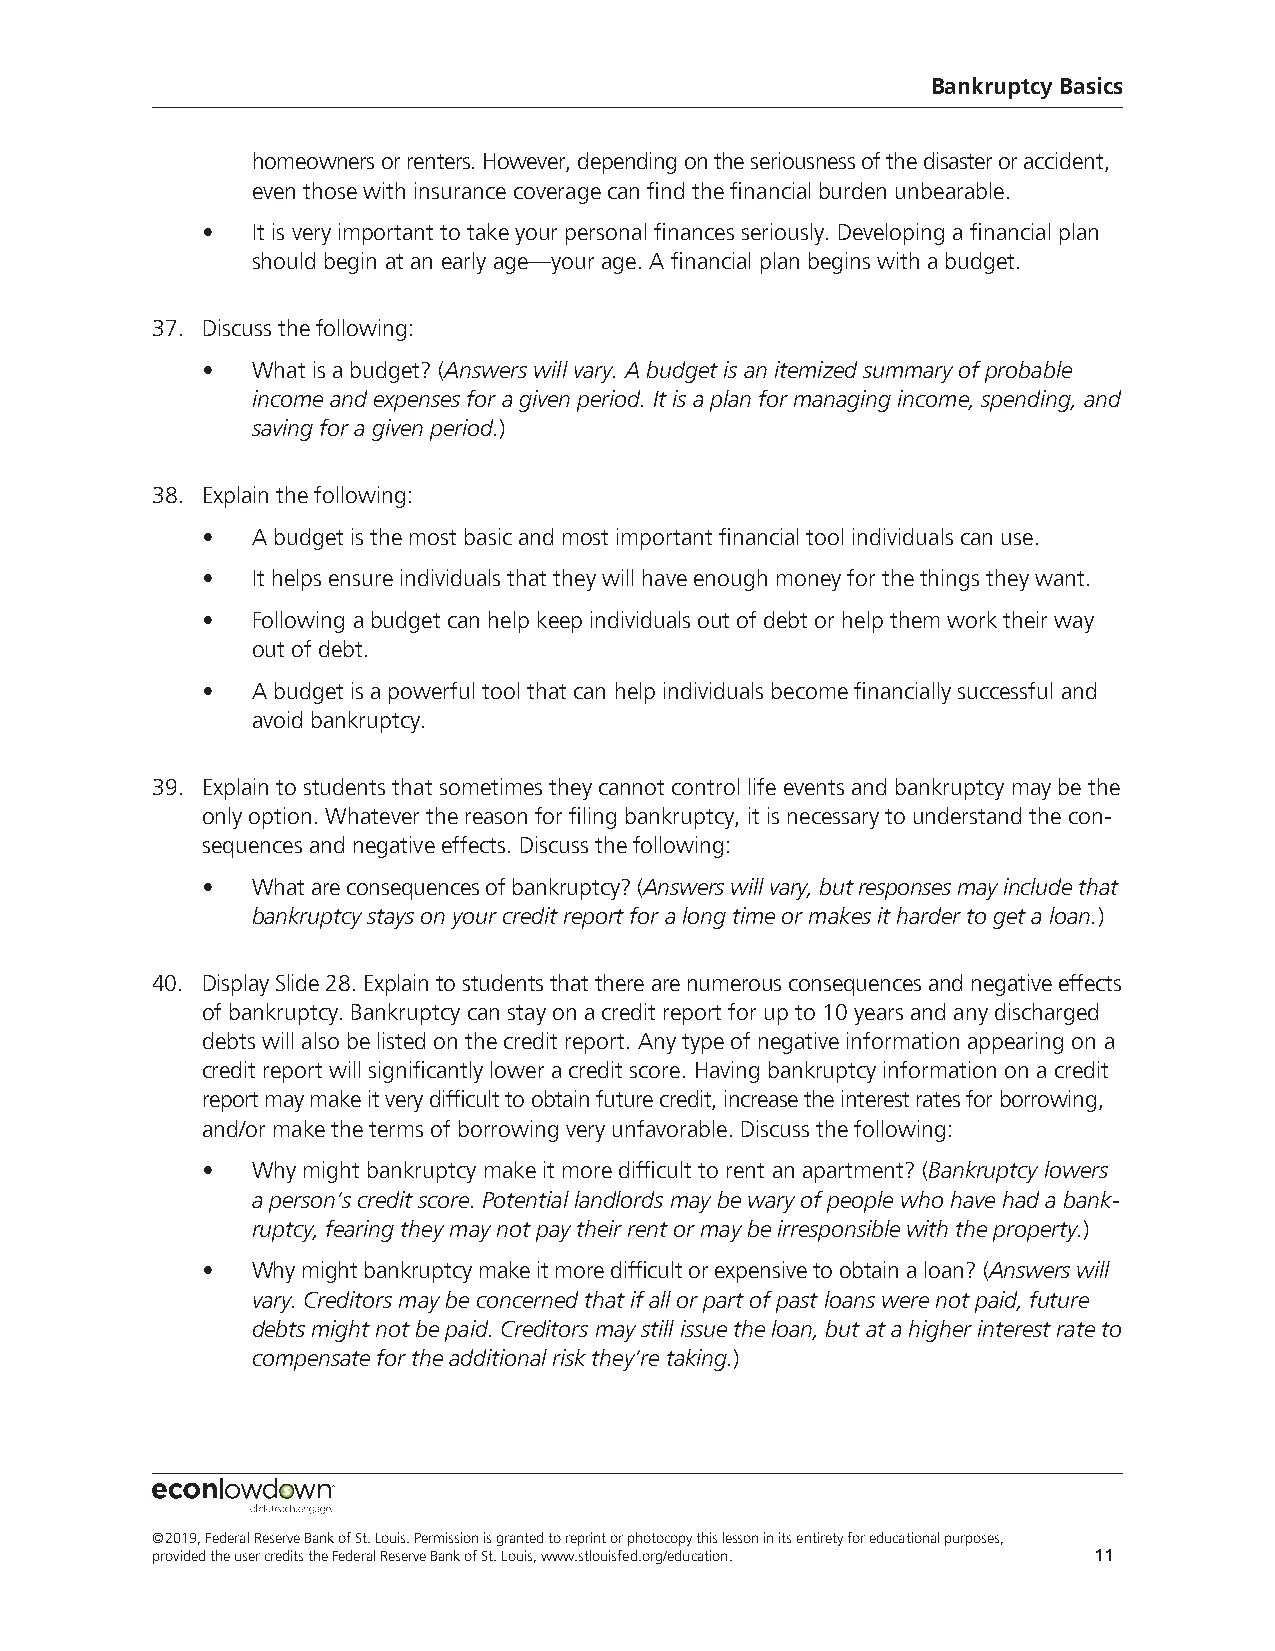
Bankruptcy Basics
 homeowners or renters. However, depending on the seriousness of the disaster or accident,
 even those with insurance coverage can find the financial burden unbearable.
 •   It is very important to take your personal finances seriously. Developing a financial plan
 should begin at an early age—your age. A financial plan begins with a budget.
 37. Discuss the following:
 •   What is a budget? (Answers will vary. A budget is an itemized summary of probable
 income and expenses for a given period. It is a plan for managing income, spending, and
 saving for a given period.)
 38. Explain the following:
 •   A budget is the most basic and most important financial tool individuals can use.
 •   It helps ensure individuals that they will have enough money for the things they want.
 •   Following a budget can help keep individuals out of debt or help them work their way
 out of debt.
 •   A budget is a powerful tool that can help individuals become financially successful and
 avoid bankruptcy.
 39. Explain to students that sometimes they cannot control life events and bankruptcy may be the
 only option. Whatever the reason for filing bankruptcy, it is necessary to understand the con-
 sequences and negative effects. Discuss the following:
 •   What are consequences of bankruptcy? (Answers will vary, but responses may include that
 bankruptcy stays on your credit report for a long time or makes it harder to get a loan.)
 40. Display Slide 28. Explain to students that there are numerous consequences and negative effects
 of bankruptcy. Bankruptcy can stay on a credit report for up to 10 years and any discharged
 debts will also be listed on the credit report. Any type of negative information appearing on a
 credit report will significantly lower a credit score. Having bankruptcy information on a credit
 report may make it very difficult to obtain future credit, increase the interest rates for borrowing,
 and/or make the terms of borrowing very unfavorable. Discuss the following:
 •   Why might bankruptcy make it more difficult to rent an apartment? (Bankruptcy lowers
 a person’s credit score. Potential landlords may be wary of people who have had a bank-
 ruptcy, fearing they may not pay their rent or may be irresponsible with the property.)
 •   Why might bankruptcy make it more difficult or expensive to obtain a loan? (Answers will
 vary. Creditors may be concerned that if all or part of past loans were not paid, future
 debts might not be paid. Creditors may still issue the loan, but at a higher interest rate to
 compensate for the additional risk they’re taking.)
 ©2019, Federal Reserve Bank of St. Louis. Permission is granted to reprint or photocopy this lesson in its entirety for educational purposes,
 provided the user credits the Federal Reserve Bank of St. Louis, www.stlouisfed.org/education. 11